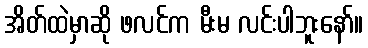
အိတ်ထဲမှာဆို ဖလင်က မီးမ လင်းပါဘူးနော်။